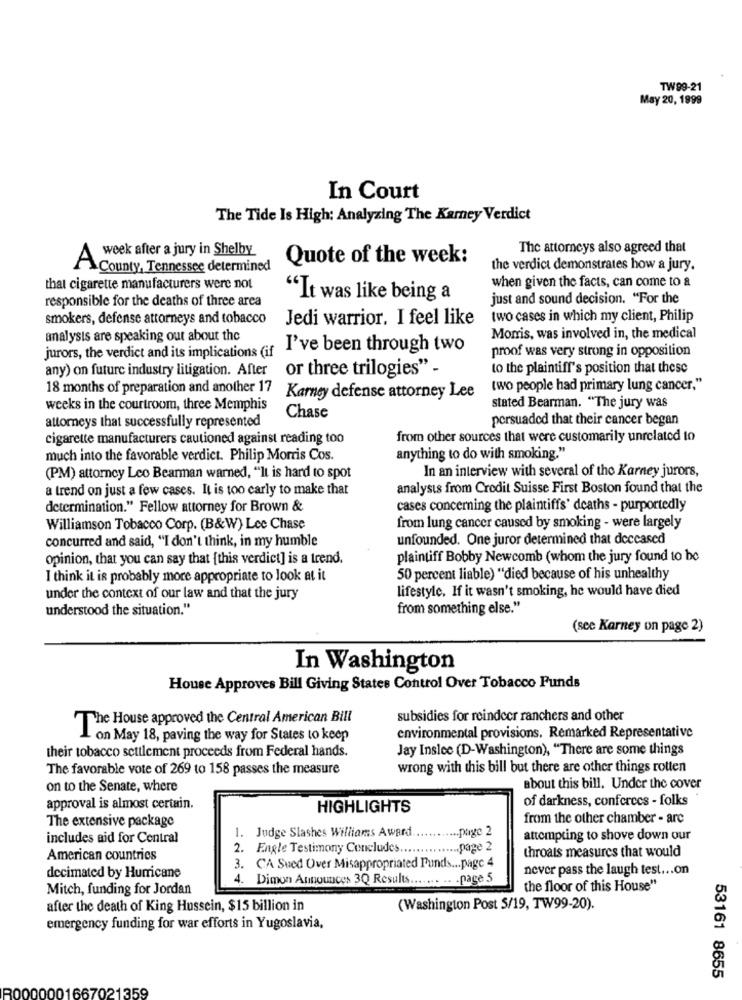
TW99-21
May 20, 1999
In Court
The Tide Is High: Analyzing The Kamney Verdict
week after a jury in Shelby
The attorneys also agreed that
Quote of the week:
A
County, Tennessee determined
the verdict demonstrates how a jury.
that cigarette manufacturers were not
when given the facts, can come to a
responsible for the deaths of three area
"It was like being a
just and sound decision. "For the
smokers, defense attorneys and tobacco
Jedi warrior. I feel like
two cases in which my client, Philip
analysts are speaking out about the
Morris, was involved in, the medical
I've been through two
proof was very strong in opposition
jurors, the verdict and its implications (if
any) on future industry litigation. After
or three trilogies" -
to the plaintiff's position that these
18 months of preparation and another 17
two people had primary lung cancer,"
Karney defense attorney Lee
weeks in the courtroom, three Memphis
stated Bearman. "The jury was
attorneys that successfully represented
Chase
persuaded that their cancer began
cigarette manufacturers cautioned against reading too
from other sources that were customarily unrelated to
much into the favorable verdict. Philip Morris Cos.
anything to do with smoking."
In an interview with several of the Karney jurors,
(PM) attorney Leo Bearman warned, "Il is hard to spot
a trend on just a few cases. It is too carly to make that
analysts from Credit Suisse First Boston found that the
determination." Fellow attorney for Brown &
cases concerning the plaintiffs' deaths - purportedly
Williamson Tobacco Corp. (B&W) Lee Chase
from lung cancer caused by smoking - were largely
concurred and said, "I don't think, in my humble
unfounded. One juror determined that deceased
opinion, that you can say that [this verdict] is a trend.
plaintiff Bobby Newcomb (whom the jury found to be
I think it is probably more appropriate to look at it
50 percent liable) "died because of his unhealthy
lifestyle. If it wasn't smoking, he would have died
under the context of our law and that the jury
understood the situation."
from something else."
(see Karney on page 2)
In Washington
House Approves Bill Giving States Control Over Tobacco Funds
The House approved the Central American Bill
subsidies for reindeer ranchers and other
I on May 18, paving the way for States to keep
environmental provisions, Remarked Representative
their tobacco settlement proceeds from Federal hands.
Jay Inslee (D-Washington), "There are some things
The favorable vote of 269 to 158 passes the measure
wrong with this bill but there are other things rotten
on to the Senate, where
about this bill. Under the cover
of darkness, conferecs - folks
approval is almost certain.
HIGHLIGHTS
The extensive package
from the other chamber - arc
1. Judge Slashes Williams Award
...... page 2
includes aid for Central
attempting to shove down our
2. Engle Testimony Concludes ............... page 2
American countries
throats measures that would
3. CA Sued Over Misappropriated Funds ... page 4
never pass the laugh test ... on
decimated by Hurricane
4. Dimon Announces 3Q Results ....... .. . page 5
Mitch, funding for Jordan
the floor of this House"
after the death of King Hussein, $15 billion in
(Washington Post 5/19, TW99-20).
emergency funding for war efforts in Yugoslavia,
53161 8655
001667021359